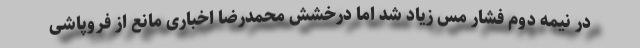
در نیمه دوم فشار مس زیاد شد اما درخشش محمدرضا اخباری مانع از فروپاشی